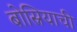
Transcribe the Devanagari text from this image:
बोस्नियाची